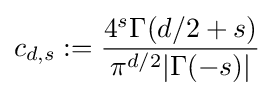
c_{d,s}:={\frac {4^{s}\Gamma (d/2+s)}{\pi ^{d/2}|\Gamma (-s)|}}